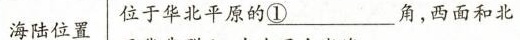
海陆位置位于华北平原的\underline{①}___ 角，西面和北